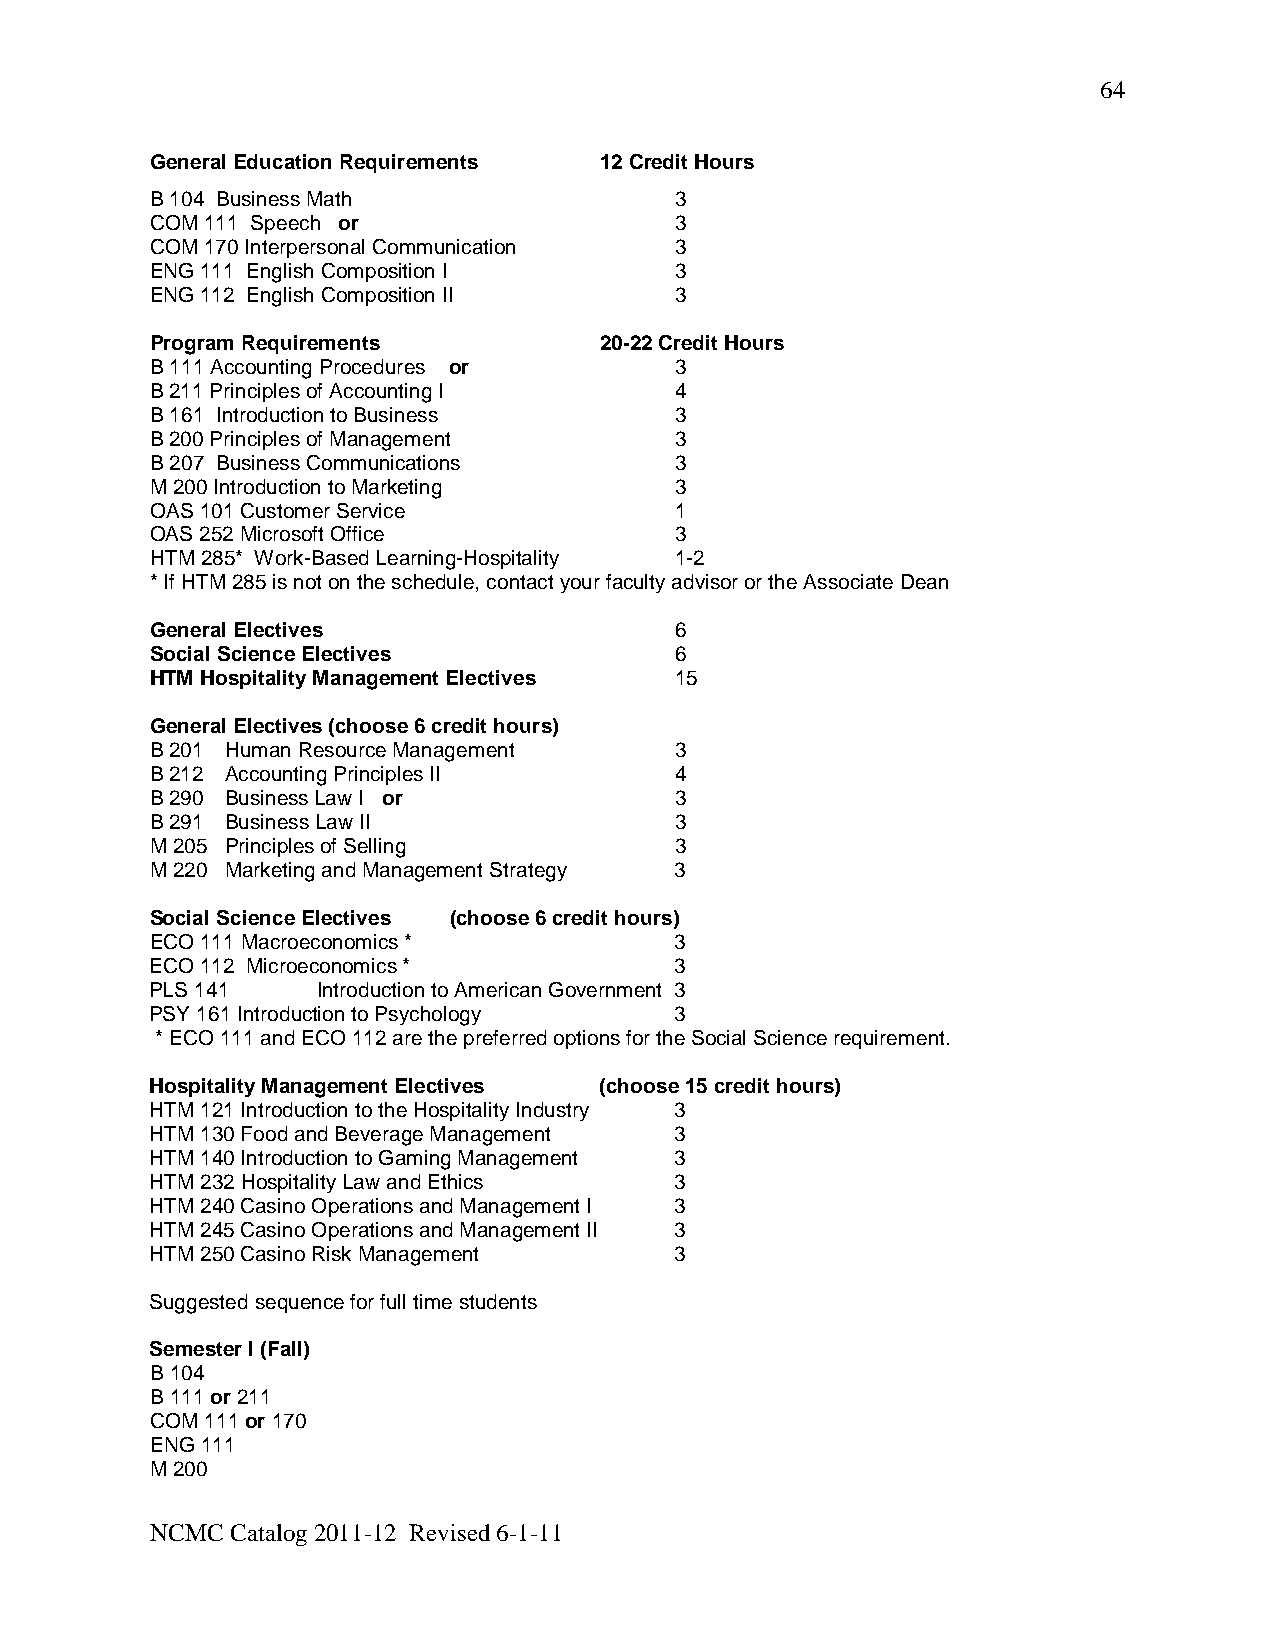
64
 General Education Requirements 12 Credit Hours
 B 104 Business Math                3
 COM 111 Speech or                  3
 COM 170 Interpersonal Communication 3
 ENG 111 English Composition I      3
 ENG 112 English Composition II     3
 Program Requirements          20-22 Credit Hours
 B 111 Accounting Procedures or     3
 B 211 Principles of Accounting I   4
 B 161 Introduction to Business     3
 B 200 Principles of Management     3
 B 207 Business Communications      3
 M 200 Introduction to Marketing    3
 OAS 101 Customer Service           1
 OAS 252 Microsoft Office           3
 HTM 285* Work-Based Learning-Hospitality 1-2
 * If HTM 285 is not on the schedule, contact your faculty advisor or the Associate Dean
 General Electives                  6
 Social Science Electives           6
 HTM Hospitality Management Electives 15
 General Electives (choose 6 credit hours)
 B 201 Human Resource Management    3
 B 212 Accounting Principles II     4
 B 290 Business Law I or            3
 B 291 Business Law II              3
 M 205 Principles of Selling        3
 M 220 Marketing and Management Strategy 3
 Social Science Electives (choose 6 credit hours)
 ECO 111 Macroeconomics *           3
 ECO 112 Microeconomics *           3
 PLS 141    Introduction to American Government 3
 PSY 161 Introduction to Psychology 3
 * ECO 111 and ECO 112 are the preferred options for the Social Science requirement.
 Hospitality Management Electives (choose 15 credit hours)
 HTM 121 Introduction to the Hospitality Industry 3
 HTM 130 Food and Beverage Management 3
 HTM 140 Introduction to Gaming Management 3
 HTM 232 Hospitality Law and Ethics 3
 HTM 240 Casino Operations and Management I 3
 HTM 245 Casino Operations and Management II 3
 HTM 250 Casino Risk Management     3
 Suggested sequence for full time students
 Semester I (Fall)
 B 104
 B 111 or 211
 COM 111 or 170
 ENG 111
 M 200
 NCMC Catalog 2011-12 Revised 6-1-11